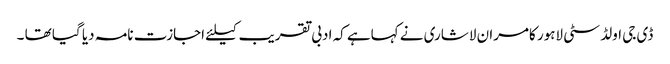
ڈی جی اولڈ سٹی لاہور کامران لاشاری نے کہاہے کہ ادبی تقریب کیلئے اجازت نامہ دیا گیا تھا ۔